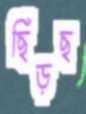
ছিঁড়ছ